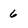
Character: 6